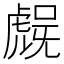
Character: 𮓨